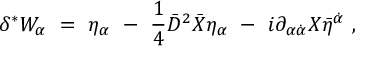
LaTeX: \delta ^ { * } W _ { \alpha } \ = \ \eta _ { \alpha } \ - \ { \frac { 1 } { 4 } } \bar { D } ^ { 2 } \bar { X } \eta _ { \alpha } \ - \ i \partial _ { \alpha \dot { \alpha } } X \bar { \eta } ^ { \dot { \alpha } } \ ,